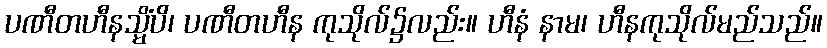
ပဏီတဟီနသ္မိံပိ၊ ပဏီတဟီန ကုသိုလ်၌လည်း။ ဟီနံ နာမ၊ ဟီနကုသိုလ်မည်သည်။